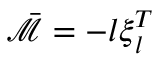
\bar { \mathcal { M } } = - \boldsymbol { l } \boldsymbol { \xi } _ { \boldsymbol { l } } ^ { T }